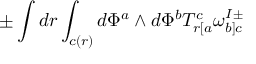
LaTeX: \pm \int d r \int _ { c ( r ) } d \Phi ^ { a } \wedge d \Phi ^ { b } T _ { r [ a } ^ { c } \omega _ { b ] c } ^ { I \pm }